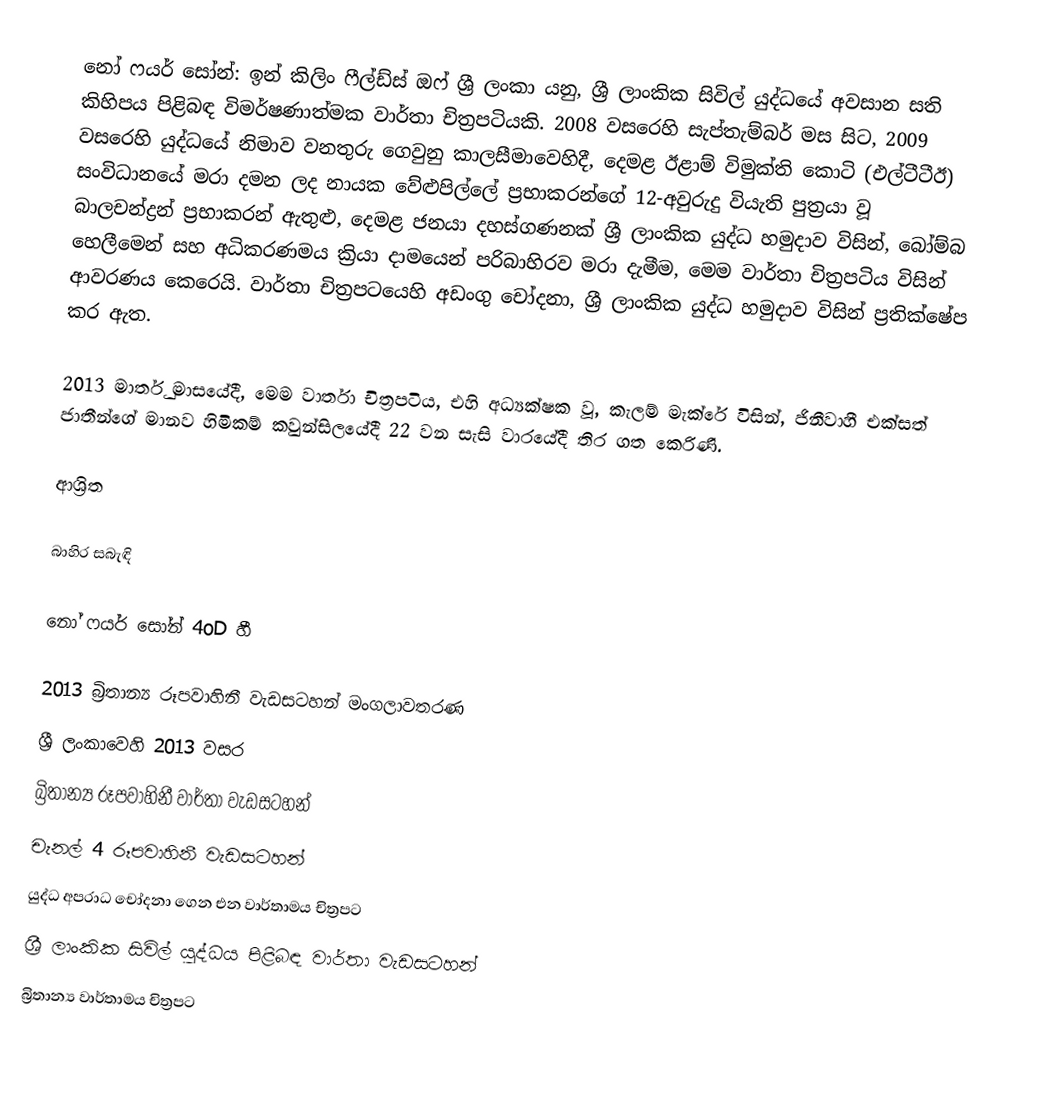
නෝ ෆයර් සෝන්: ඉන් කිලිං ෆීල්ඩ්ස් ඔෆ් ශ්‍රී ලංකා යනු, ශ්‍රී ලාංකික සිවිල් යුද්ධයේ අවසාන සති කිහිපය පිළිබඳ විමර්ෂණාත්මක වාර්තා චිත්‍රපටියකි.  2008 වසරෙහි සැප්තැම්බර් මස සිට,  2009 වසරෙහි යුද්ධයේ නිමාව වනතුරු ගෙවුනු කාලසීමාවෙහිදී, දෙමළ ඊළාම් විමුක්ති කොටි (එල්ටීටීඊ) සංවිධානයේ මරා දමන ලද නායක වේළුපිල්ලේ ප්‍රභාකරන්ගේ 12-අවුරුදු වියැති පුත්‍රයා වූ බාලචන්ද්‍රන් ප්‍රභාකරන් ඇතුළු, දෙමළ ජනයා දහස්ගණනක් ශ්‍රී ලාංකික යුද්ධ හමුදාව විසින්, බෝම්බ හෙලීමෙන් සහ අධිකරණමය ක්‍රියා දාමයෙන් පරිබාහිරව මරා දැමීම, මෙම වාර්තා චිත්‍රපටිය විසින් ආවරණය කෙරෙයි. වාර්තා චිත්‍රපටයෙහි අඩංගු චෝදනා, ශ්‍රී ලාංකික යුද්ධ හමුදාව විසින් ප්‍රතික්ෂේප කර ඇත.

2013 මාර්තු මාසයේදී, මෙම වාර්තා චිත්‍රපටිය, එහි අධ්‍යක්ෂක වූ, කැලම් මැක්රේ විසින්, ජිනීවාහී  එක්සත් ජාතීන්ගේ මානව හිමිකම් කවුන්සිලයේදී 22 වන සැසි වාරයේදී තිර ගත කෙරිණි.

ආශ්‍රිත

බාහිර  සබැඳි

නෝ ෆයර් සෝන් 4oD හී

2013 බ්‍රිතාන්‍ය රූපවාහිනී වැඩසටහන් මංගලාවතරණ
ශ්‍රී ලංකාවෙහි 2013 වසර
බ්‍රිතාන්‍ය රූපවාහිනී වාර්තා වැඩසටහන්
චැනල් 4 රූපවාහිනී වැඩසටහන්
යුද්ධ අපරාධ චෝදනා ගෙන එන වාර්තාමය චිත්‍රපට
ශ්‍රී ලාංකික සිවිල් යුද්ධය පිළිබඳ වාර්තා වැඩසටහන්
බ්‍රිතාන්‍ය වාර්තාමය චිත්‍රපට